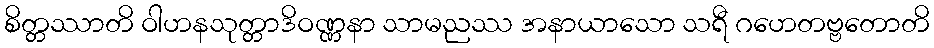
စိတ္တဿာတိ ဝါဟနသုတ္တာဒိဝဏ္ဏနာ သာမညဿ အနာယာသော သရီ ဂဟေတဗ္ဗတောတိ